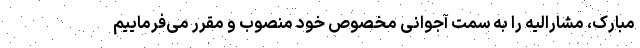
مبارک، مشارالیه را به سمت آجوانی مخصوص خود منصوب و مقرر می‌فرماییم